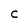
Character: C